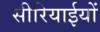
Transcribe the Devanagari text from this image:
सीरियाईयों